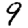
Digit: 9